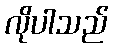
လိုပါသည်